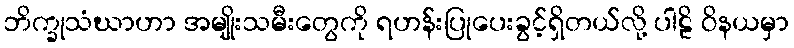
ဘိက္ခုသံဃာဟာ အမျိုးသမီးတွေကို ရဟန်းပြုပေးခွင့်ရှိတယ်လို့ ပါဠိ ဝိနယမှာ